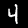
Digit: 4